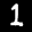
Label: 1